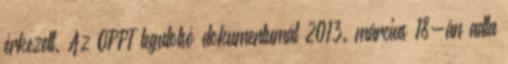
érkezett. Az OPPT legutolsó dokumentumát 2013. március 18-án adta